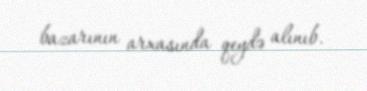
bazarının arxasında qeydə alınıb.